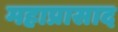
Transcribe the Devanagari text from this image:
महाप्रासाद